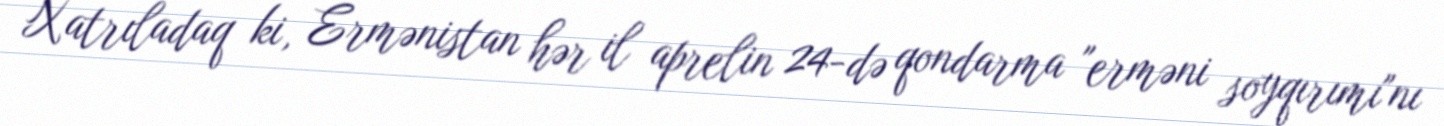
Xatrıladaq ki, Ermənistan hər il aprelin 24-də qondarma "erməni soyqırımı"nı